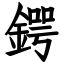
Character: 鍔